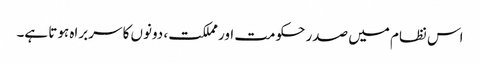
اس نظام میں صدر حکومت اور مملکت، دونوں کا سربراہ ہوتا ہے۔